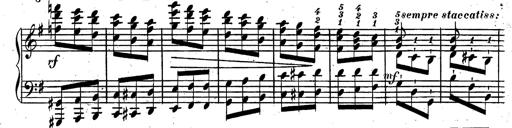
Title: Rondeau fantastique sur un thÃ¨me espagnol
Composer: Franz Liszt